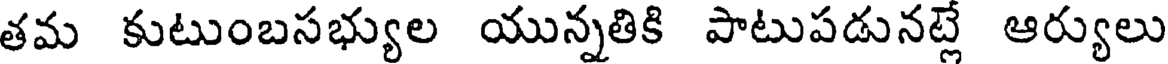
తమ కుటుంబసభ్యుల యున్నతికి పాటుపడునట్లే ఆర్యులు